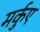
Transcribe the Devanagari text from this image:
मर्कुए